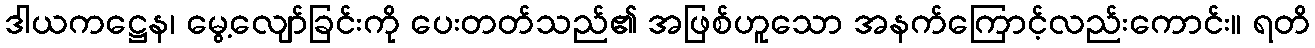
ဒါယကဋ္ဌေန၊ မွေ့လျော်ခြင်းကို ပေးတတ်သည်၏ အဖြစ်ဟူသော အနက်ကြောင့်လည်းကောင်း။ ရတိ